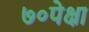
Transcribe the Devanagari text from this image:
७०पेक्षा